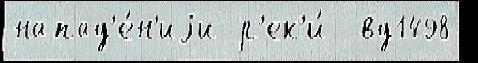
напад'е́н'иjи р'ек'и́  вд1498